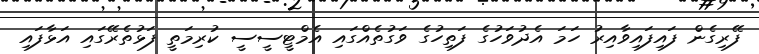
ފޭރިގެން ފައިފައިވާއިރު ހަމަ އެދުވަހުގެ ފަތިހުގެ ވަގުތެއްގައި އެމްޓީސީސީ ކުރިމަތީ ފަޅުތެރޭގައި އަޅާފައި